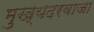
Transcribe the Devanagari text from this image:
मुख्यदरवाजा